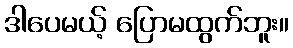
ဒါပေမယ့် ပြောမထွက်ဘူး။